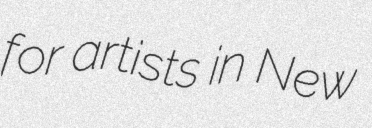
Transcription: for artists in New